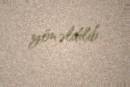
yönəldilib.